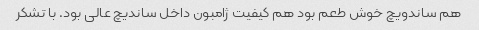
هم ساندویچ خوش طعم بود هم کیفیت ژامبون داخل ساندیچ عالی بود. با تشکر